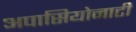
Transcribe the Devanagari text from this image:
अपासियोनाटी